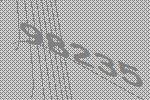
98235